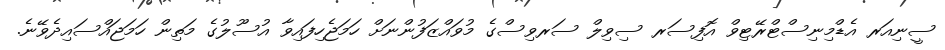
ސީނިއަރ އެޑްމިނިސްޓްރޭޓިވް އޮފިސަރ ސިވިލް ސަރވިސްގެ މުވައްޒަފުންނަށް ހަމަޖެހިފައިވާ އުސޫލުގެ މަތިން ހަމަޖައްސައިދެވޭނެ.